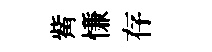
觜慊存